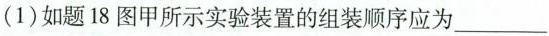
(1)如题18图甲所示实验装置的组装顺序应为___